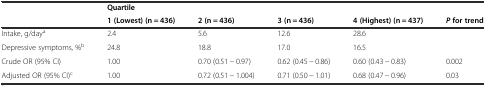
<table><thead><tr><td></td><td><b>Quartile</b></td><td></td><td></td><td></td><td></td></tr><tr><td></td><td><b>1 (Lowest) (n = 436)</b></td><td><b>2 (n = 436)</b></td><td><b>3 (n = 436)</b></td><td><b>4 (Highest) (n = 437)</b></td><td><b><i>P</i>for trend</b></td></tr></thead><tbody><tr><td>Intake, g/day<sup>a</sup></td><td>2.4</td><td>5.6</td><td>12.6</td><td>28.6</td><td></td></tr><tr><td>Depressive symptoms, %<sup>b</sup></td><td>24.8</td><td>18.8</td><td>17.0</td><td>16.5</td><td></td></tr><tr><td>Crude OR (95% CI)</td><td>1.00</td><td>0.70 (0.51 − 0.97)</td><td>0.62 (0.45 − 0.86)</td><td>0.60 (0.43 − 0.83)</td><td>0.002</td></tr><tr><td>Adjusted OR (95% CI)<sup>c</sup></td><td>1.00</td><td>0.72 (0.51 − 1.004)</td><td>0.71 (0.50 − 1.01)</td><td>0.68 (0.47 − 0.96)</td><td>0.03</td></tr></tbody></table>